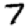
Digit: 7